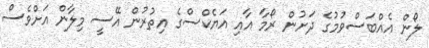
ލޯން އެއްބަސްވުމުގެ ދަށުން ރޯމާ އާއި އަޔެކްސްގެ އިތުރުން އޭސީ މިލާން އަށްވެސް